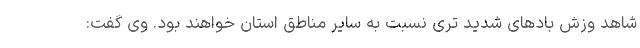
شاهد وزش بادهای شدید تری نسبت به سایر مناطق استان خواهند بود. وی گفت: